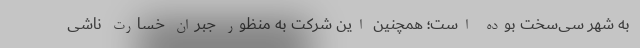
به شهر سی‌سخت بوده است؛ همچنین این شرکت به منظور جبران خسارت ناشی